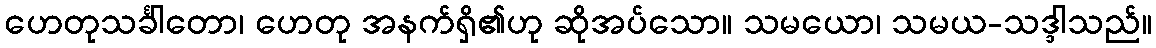
ဟေတုသင်္ခါတော၊ ဟေတု အနက်ရှိ၏ဟု ဆိုအပ်သော။ သမယော၊ သမယ-သဒ္ဒါသည်။